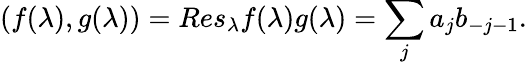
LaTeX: (f(\lambda),g(\lambda))=Res_{\lambda}f(\lambda)g(\lambda)=\sum_{j}a_{j}b_{-j-1}.